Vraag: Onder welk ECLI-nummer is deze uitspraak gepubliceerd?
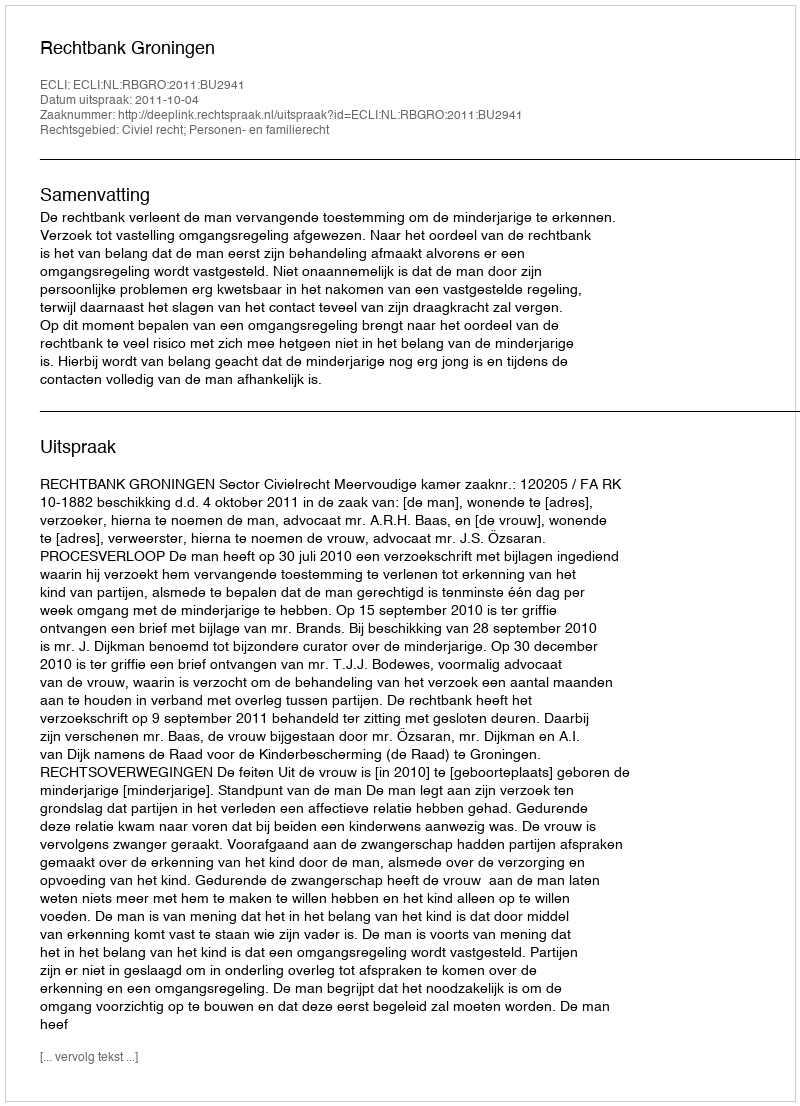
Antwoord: ECLI:NL:RBGRO:2011:BU2941